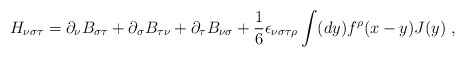
\begin{align*}H_{\nu \sigma \tau }=\partial _{\nu }B_{\sigma \tau }+\partial _{\sigma}B_{\tau \nu }+\partial _{\tau }B_{\nu \sigma }+\frac{1}{6}\epsilon _{\nu\sigma \tau \rho }\int (dy)f^{\rho }(x-y)J(y)\ , \end{align*}